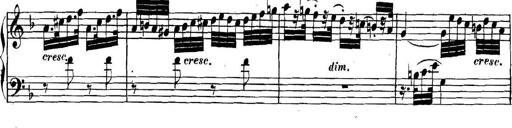
Title: Collected Piano Sonatas
Composer: Muzio Clementi